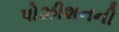
પોઝીશનની